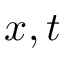
x , t